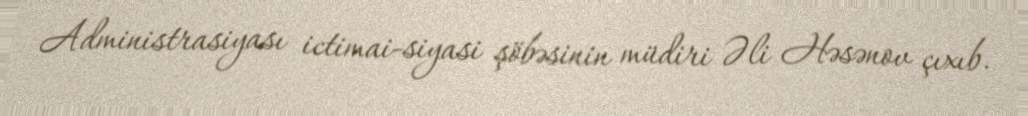
Administrasiyası ictimai-siyasi şöbəsinin müdiri Əli Həsənov çıxıb.